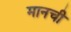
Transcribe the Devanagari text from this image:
मानची